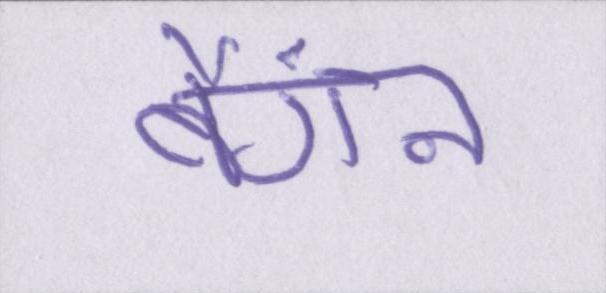
बैंगन